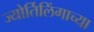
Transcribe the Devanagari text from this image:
ज्‍योर्तिलिंगाच्‍या